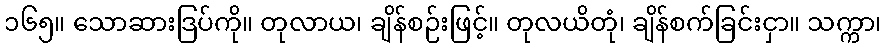
၁၆၅။ သောဆားဒြပ်ကို။ တုလာယ၊ ချိန်စဉ်းဖြင့်။ တုလယိတုံ၊ ချိန်စက်ခြင်းငှာ။ သက္ကာ၊